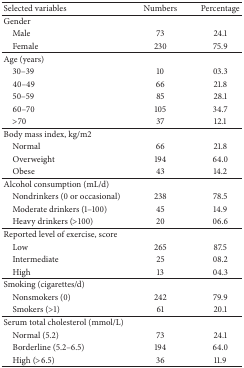
| Selected variables | Numbers | Percentage |
 | --- | --- | --- |
 | Gender |  |  |
 | Male | 73 | 24.1 |
 | Female | 230 | 75.9 |
 | Age (years) |  |  |
 | 30–39 | 10 | 03.3 |
 | 40–49 | 66 | 21.8 |
 | 50–59 | 85 | 28.1 |
 | 60–70 | 105 | 34.7 |
 | >70 | 37 | 12.1 |
 | Body mass index, kg/m2 |  |  |
 | Normal | 66 | 21.8 |
 | Overweight | 194 | 64.0 |
 | Obese | 43 | 14.2 |
 | Alcohol consumption (mL/d) |  |  |
 | Nondrinkers (0 or occasional) | 238 | 78.5 |
 | Moderate drinkers (1–100) | 45 | 14.9 |
 | Heavy drinkers (>100) | 20 | 06.6 |
 | Reported level of exercise, score |  |  |
 | Low | 265 | 87.5 |
 | Intermediate | 25 | 08.2 |
 | High | 13 | 04.3 |
 | Smoking (cigarettes/d) |  |  |
 | Nonsmokers (0) | 242 | 79.9 |
 | Smokers (>1) | 61 | 20.1 |
 | Serum total cholesterol (mmol/L) |  |  |
 | Normal (5.2) | 73 | 24.1 |
 | Borderline (5.2–6.5) | 194 | 64.0 |
 | High (>6.5) | 36 | 11.9 |